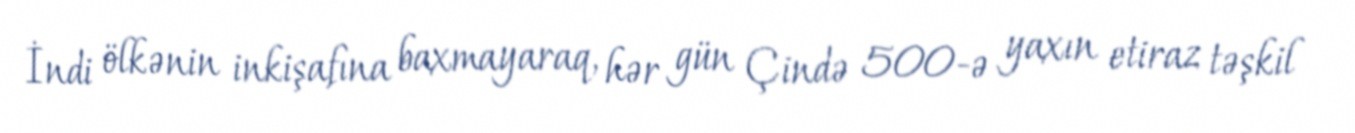
İndi ölkənin inkişafına baxmayaraq, hər gün Çində 500-ə yaxın etiraz təşkil